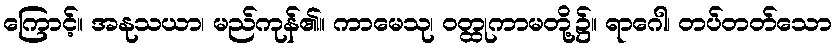
ကြောင့်။ အနုသယာ၊ မည်ကုန်၏။ ကာမေသု၊ ဝတ္ထုကာမတို့၌။ ရာဂေါ၊ တပ်တတ်သော